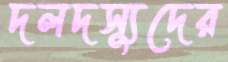
দলদস্যুদের